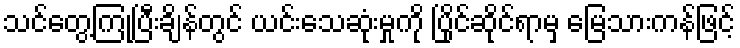
သင်တွေ့ကြုံပြီးချိန်တွင် ယင်းသေဆုံးမှုကို ပြိုင်ဆိုင်ရာမှ မြေသားကန်ဖြင့်